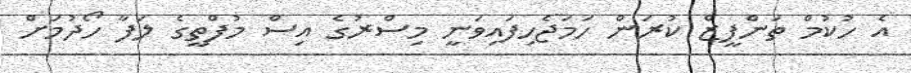
އެ ހުކުމް ތަންފީޒް ކުރަން ހަމަޖެހިފައިވަނީ މިސްރުގެ އިސް މުފްތީގެ ލަފާ ހޯދުމަށް